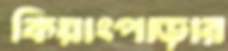
কিয়াংপাড়ার